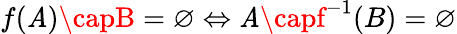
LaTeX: f(\mathit{A})\capB=\varnothing\Leftrightarrow\mathit{A}\capf^{-1}(B)=\varnothing